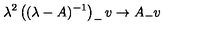
\lambda ^ { 2 } \left( ( \lambda - A ) ^ { - 1 } \right) _ { - } v \to A _ { - } v \,